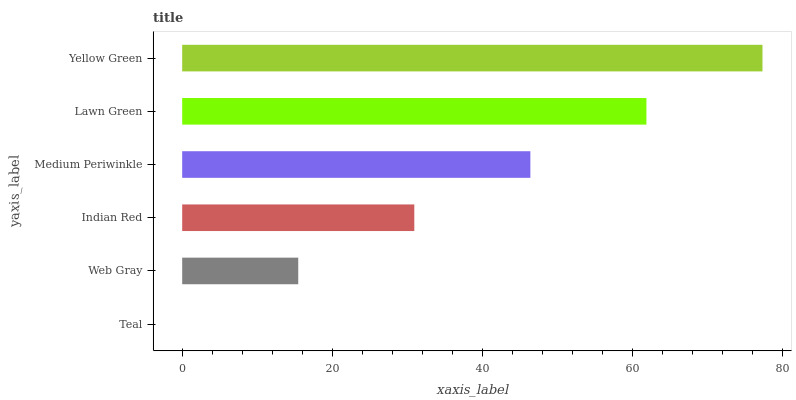
| yaxis_label | bars |
 | --- | --- |
 | Teal | 0 |
 | Web Gray | 15.5 |
 | Indian Red | 31 |
 | Medium Periwinkle | 46.4 |
 | Lawn Green | 61.9 |
 | Yellow Green | 77.4 |